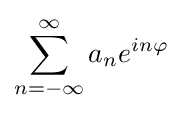
\sum _{n=-\infty }^{\infty }a_{n}e^{in\varphi }